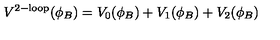
V ^ { \mathrm { 2 - l o o p } } ( \phi _ { B } ) = V _ { 0 } ( \phi _ { B } ) + V _ { 1 } ( \phi _ { B } ) + V _ { 2 } ( \phi _ { B } )